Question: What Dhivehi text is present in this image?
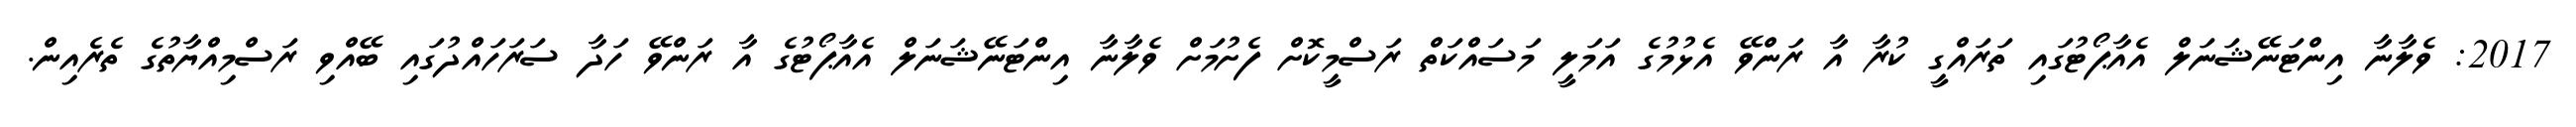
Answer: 2017: ވެލާނާ އިންޓަނޭޝަނަލް އެއާޕޯޓުގައި ތަރައްގީ ކުރާ އާ ރަންވޭ އެޅުމުގެ އަމަލީ މަސައްކަތް ރަސްމީކޮށް ފެށުމަށް ވެލާނާ އިންޓަނޭޝަނަލް އެއާޕޯޓުގެ އާ ރަންވޭ ހަދާ ސަރަހައްދުގައި ބޭއްވި ރަސްމިއްޔާތުގެ ތެރެއިން.